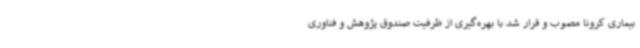
بیماری کرونا مصوب و قرار شد با بهره‌گیری از ظرفیت صندوق پژوهش و فناوری